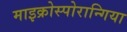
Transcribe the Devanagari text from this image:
माइक्रोस्पोरान्गिया